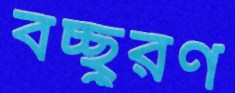
বচ্ছুরণ